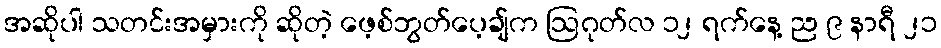
အဆိုပါ သတင်းအမှားကို ဆိုတဲ့ ဖေ့စ်ဘွတ်ပေ့ချ်က ဩဂုတ်လ ၁၂ ရက်နေ့ ည ၉ နာရီ ၂၁